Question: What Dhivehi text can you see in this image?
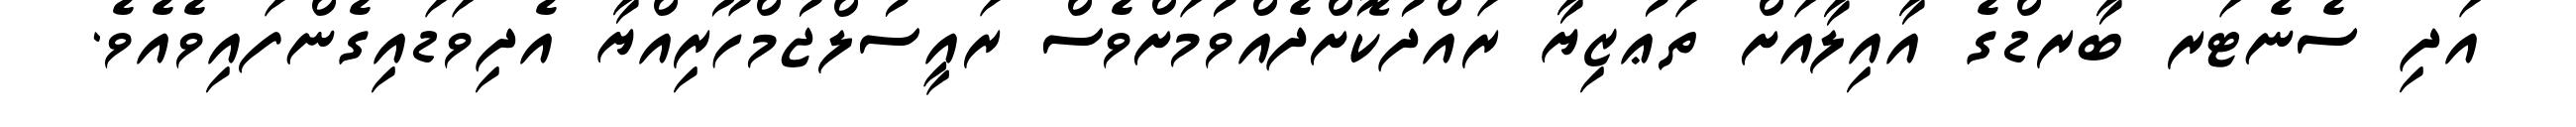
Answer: އަދި ސެނެޓަރ ބާރޑްގެ އާއިލާއަށް ތަޢުޒިޔާ ރައްދުކޮށްދެއްވުމަށްވެސް ރައީސުލްޖުމްހޫރިއްޔާ އެދިވަޑައިގެންފައިވެއެވެ.